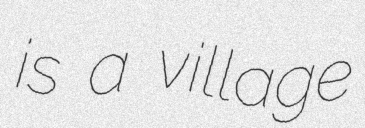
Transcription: is a village